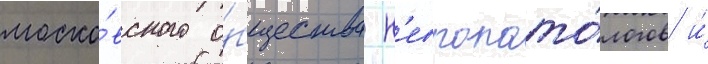
моско́вского о́бщества н'европато́логов и́